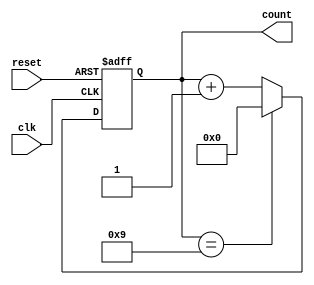
module decade_counter (
    input wire clk,
    input wire reset,
    output reg [3:0] count
);

always @(posedge clk or posedge reset) begin
    if (reset) begin
        count <= 4'b0000;
    end else begin
        if (count == 4'b1001) begin
            count <= 4'b0000;
        end else begin
            count <= count + 4'b0001;
        end
    end
end

endmodule